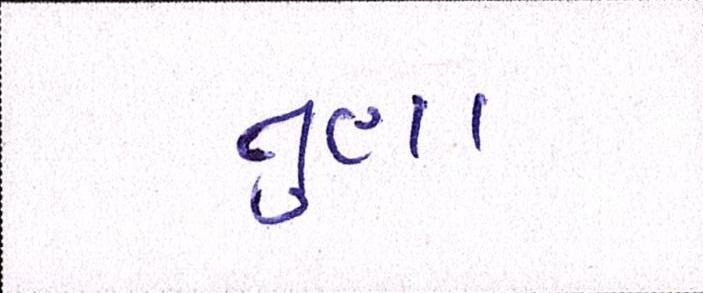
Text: તુણા